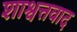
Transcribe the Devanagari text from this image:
शाश्वत्तवाद